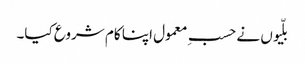
بلّیوں نے حسبِ معمول اپنا کام شروع کیا۔